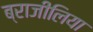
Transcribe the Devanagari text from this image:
ब्राजीलिया